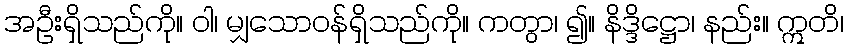
အဦးရှိသည်ကို။ ဝါ၊ မျှသောဝန်ရှိသည်ကို။ ကတွာ၊ ၍။ နိဒ္ဒိဋ္ဌော၊ နည်း။ ဣတိ၊